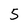
Character: 5